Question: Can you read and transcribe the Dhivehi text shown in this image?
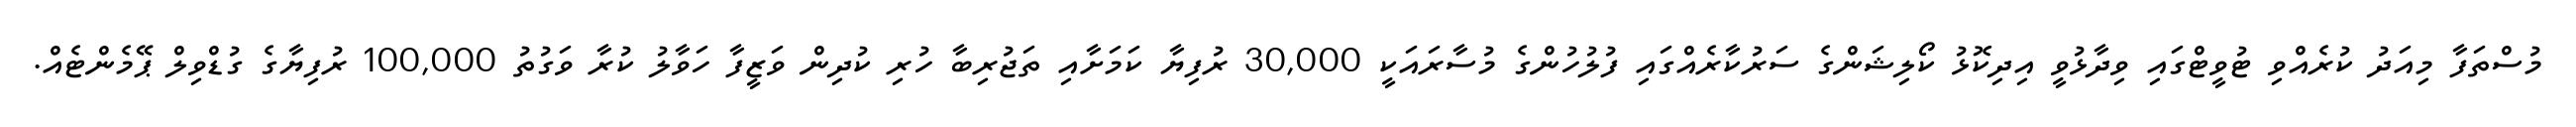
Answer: މުސްތަފާ މިއަދު ކުރެއްވި ޓުވީޓްގައި ވިދާޅުވީ އިދިކޮޅު ކޯލިޝަންގެ ސަރުކާރެއްގައި ފުލުހުންގެ މުސާރައަކީ 30,000 ރުފިޔާ ކަމަށާއި ތަޖުރިބާ ހުރި ކުދިން ވަޒީފާ ހަވާލު ކުރާ ވަގުތު 100,000 ރުފިޔާގެ ގުޑްވިލް ޕޭމެންޓެއް.